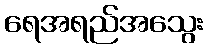
ရေအရည်အသွေး